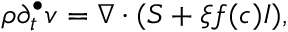
\rho \partial _ { t } ^ { \bullet } \boldsymbol { v } = \nabla \cdot ( S + \xi f ( c ) I ) ,